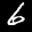
Label: 6